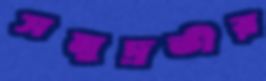
সমুদ্রতীর